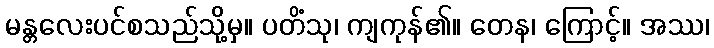
မန္တလေးပင်စသည်သို့မှ။ ပတိံသု၊ ကျကုန်၏။ တေန၊ ကြောင့်။ အဿ၊